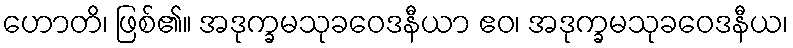
ဟောတိ၊ ဖြစ်၏။ အဒုက္ခမသုခဝေဒနီယာ ဧဝ၊ အဒုက္ခမသုခဝေဒနီယ၊